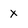
Character: x